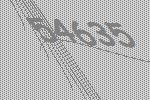
54635